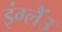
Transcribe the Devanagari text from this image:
इंग्लैंउ